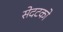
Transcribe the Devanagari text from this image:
सेदटको